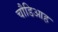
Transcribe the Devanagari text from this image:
चौडिआह